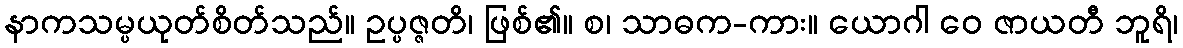
နာကသမ္ပယုတ်စိတ်သည်။ ဥပ္ပဇ္ဇတိ၊ ဖြစ်၏။ စ၊ သာဓက-ကား။ ယောဂါ ဝေ ဇာယတီ ဘူရိ၊